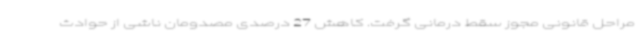
مراحل قانونی مجوز سقط درمانی گرفت. کاهش 27 درصدی مصدومان ناشی از حوادث